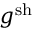
g ^ { \mathrm { s h } }